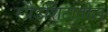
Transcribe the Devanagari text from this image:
स्प्रेडशिटातील